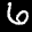
Label: 6